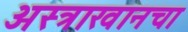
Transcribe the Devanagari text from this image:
अस्त्राखानचा